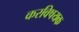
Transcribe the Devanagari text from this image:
करविषयक